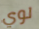
لوي